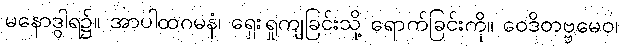
မနောဒွါရ၌။ အာပါထဂမနံ၊ ရှေးရှုကျခြင်းသို့ ရောက်ခြင်းကို။ ဝေဒိတဗ္ဗမေဝ၊